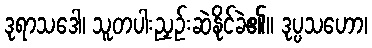
ဒုရာသဒေါ၊ သူတပါးညှဉ်းဆဲနိုင်ခဲ၏။ ဒုပ္ပသဟော၊